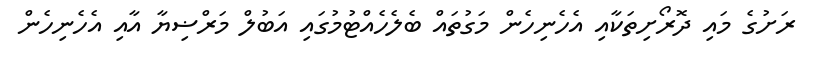
ރަށުގެ މައި ދޮރޯށިތަކާއި އެހެނިހެން މަގުތައް ބެލެހެއްޓުމުގައި އަބުލް މަރްޟިޔާ އާއި އެހެނިހެން